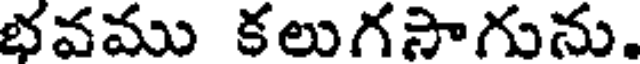
భవము కలుగసాగును.